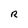
Character: R